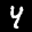
Label: 4